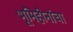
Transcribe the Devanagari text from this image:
भूमिहीनांचा